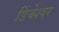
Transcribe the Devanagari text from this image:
डिंबेश्वर